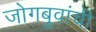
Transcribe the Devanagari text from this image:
जोगबुवांची